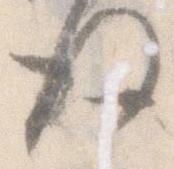
後